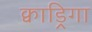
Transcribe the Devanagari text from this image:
क्वाड्रिगा